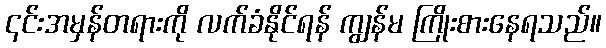
၎င်းအမှန်တရားကို လက်ခံနိုင်ရန် ကျွန်မ ကြိုးစားနေရသည်။